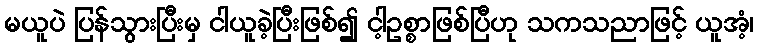
မယူပဲ ပြန်သွားပြီးမှ ငါယူခဲ့ပြီးဖြစ်၍ ငါ့ဥစ္စာဖြစ်ပြီဟု သကသညာဖြင့် ယူအံ့၊